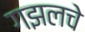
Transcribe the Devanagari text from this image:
गझलचे